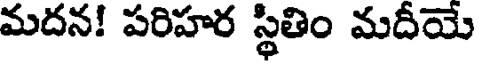
మదన! పరిహర స్థితిం మదీయే